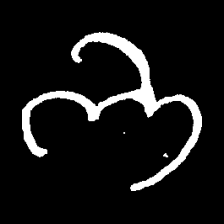
Pyu character \u2014 Myanmar letter: ဘ (romanized: bha)